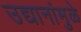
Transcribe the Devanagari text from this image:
उद्यानांमुळे